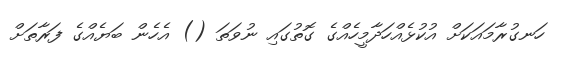
ހަނގުރާމައަކަށް އުކުޅެއްހަދާމީހެއްގެ ގޮތުގައި ނުވަތަ () އެހެން ބަޔެއްގެ ފަރާތަށް